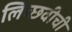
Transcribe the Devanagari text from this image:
लिच्छवीची